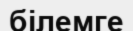
білемге